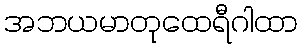
အဘယမာတုထေရီဂါထာ